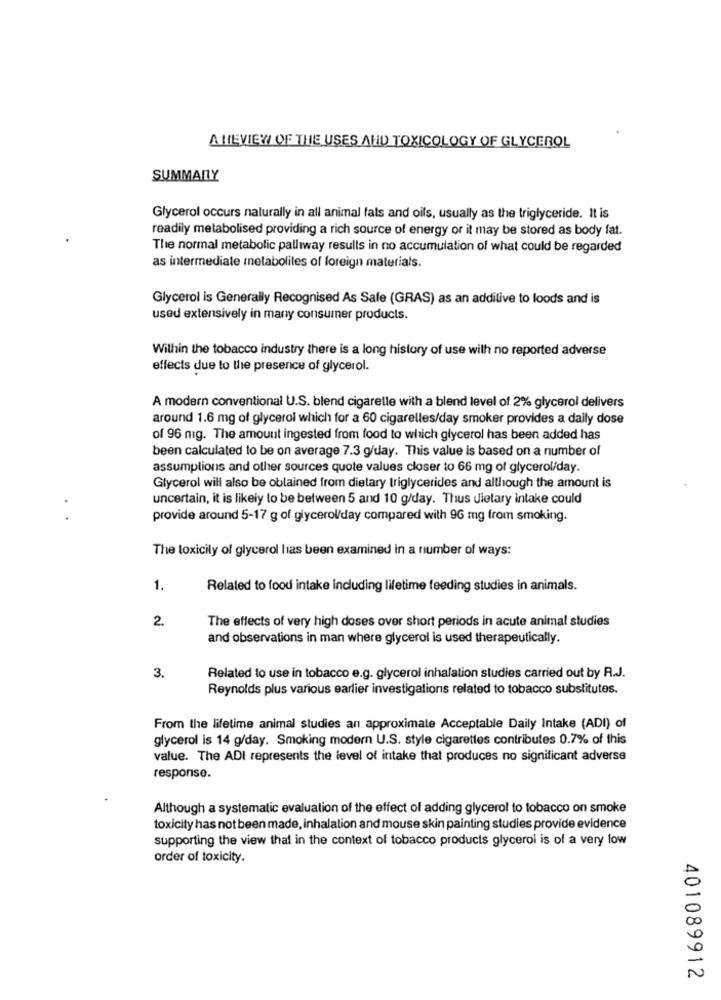
A REVIEW OF THE USES AND TOXICOLOGY OF GLYCEROL
SUMMARY
Glycerol occurs naturally in all animal fats and oils, usually as the triglyceride. It is
readily metabolised providing a rich source of energy or it may be stored as body fat.
The normal metabolic palliway results in no accumulation of what could be regarded
as intermediate metabolites of foreign materials.
Glycerol is Generally Recognised As Sale (GRAS) as an additive to loods and is
used extensively in many consumer products.
Within the tobacco industry there is a long history of use with no reported adverse
effects due to the presence of glycerol.
A modern conventional U.S. blend cigaretle with a blend level of 2% glycerol delivers
around 1.6 mg of glycerol which for a 60 cigarelles/day smoker provides a daily dose
of 96 mg. The amount ingested from food to which glycerol has been added has
been calculated to be on average 7.3 g/day. This value is based on a number of
assumplions and other sources quote values closer to 66 mg of glycerol/day.
Glycerol will also be obtained from dietary triglycerides and although the amount is
uncertain, it is likely to be between 5 and 10 g/day. Thus dietary intake could
provide around 5-17 g of glycerol/day compared with 96 mg from smoking.
The toxicity of glycerol las been examined in a number of ways:
1.
Related to food intake including lifetime feeding studies in animals.
2.
The effects of very high doses over short periods in acute animal studies
and observations in man where glycerol is used therapeutically.
3.
Related to use in tobacco e.g. glycerol inhalation studies carried out by R.J.
Reynolds plus various earlier investigations related to tobacco substitutes.
From the lifetime animal studies an approximate Acceptable Daily Intake (ADI) of
glycerol is 14 g/day. Smoking modern U.S. style cigarettes contributes 0.7% of this
value. The ADI represents the level of intake that produces no significant adverse
response.
Although a systematic evaluation of the effect of adding glycerol to tobacco on smoke
toxicity has not been made, inhalation and mouse skin painting studies provide evidence
supporting the view that in the context of tobacco products glycerol is of a very low
order of toxicity.
401089912